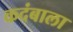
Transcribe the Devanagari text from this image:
कदंबाला